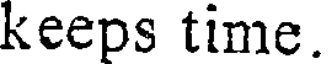
keeps time.